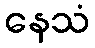
နေသံ